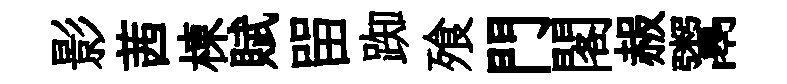
影茜棟賦㽞踟飱門閣赧鬻